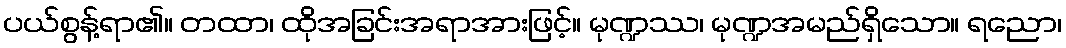
ပယ်စွန့်ရာ၏။ တထာ၊ ထိုအခြင်းအရာအားဖြင့်။ မုဏ္ဍဿ၊ မုဏ္ဍအမည်ရှိသော။ ရညော၊